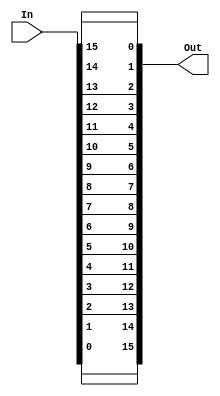
module reverse (In, Out);
	input[15:0] In;
	output[15:0] Out;

	assign Out[0] = In[15];
	assign Out[1] = In[14];
	assign Out[2] = In[13];
	assign Out[3] = In[12];
	assign Out[4] = In[11];
	assign Out[5] = In[10];
	assign Out[6] = In[9];
	assign Out[7] = In[8];
	assign Out[8] = In[7];
	assign Out[9] = In[6];
	assign Out[10] = In[5];
	assign Out[11] = In[4];
	assign Out[12] = In[3];
	assign Out[13] = In[2];
	assign Out[14] = In[1];
	assign Out[15] = In[0];
endmodule